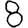
Digit: 8